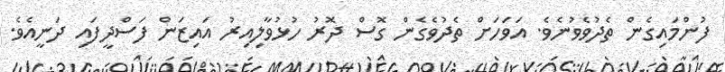
ފުންމައިގެން ތެދުވެވުނެވެ. އަވަހަށް ތެދުވެގެން ގޮސް ދޮރު ހުޅުވާލިއިރު އައިޒަން ފަސްދީފައި ދަނީއެވެ.